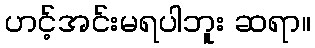
ဟင့်အင်းမရပါဘူး ဆရာ။